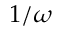
1 / \omega